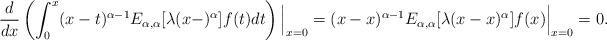
LaTeX: \begin{align*}\frac{d}{dx}\left(\int_0^x (x-t)^{\alpha-1}E_{\alpha, \alpha}[\lambda(x-)^{\alpha}]f(t)dt\right)\Big|_{x=0} & = (x-x)^{\alpha-1}E_{\alpha, \alpha}[\lambda(x-x)^{\alpha}]f(x)\Big|_{x=0} = 0.\end{align*}